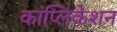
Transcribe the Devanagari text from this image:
कांप्लिकेशन